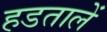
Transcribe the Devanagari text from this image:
हडतालें